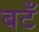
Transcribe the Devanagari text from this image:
बटँ